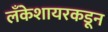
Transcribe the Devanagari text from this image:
लँकेशायरकडून